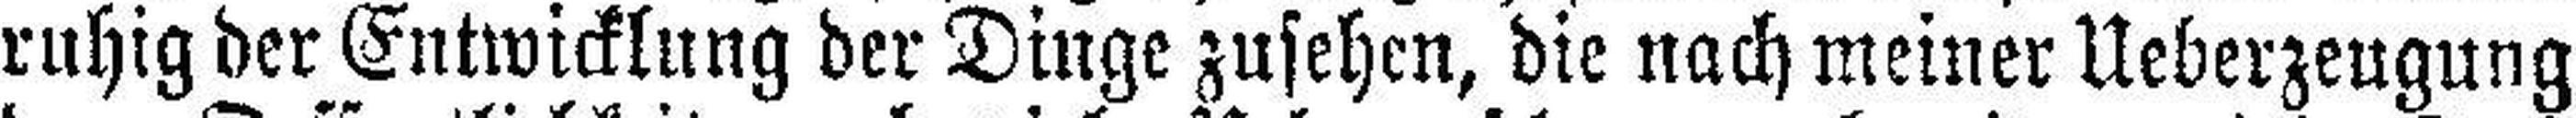
ruhig der Entwicklung der Dinge zusehen, die nach meiner Ueberzeugung